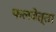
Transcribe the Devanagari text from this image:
फलवेत्ता